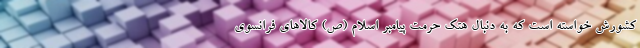
کشورش خواسته است که به دنبال هتک حرمت پیامبر اسلام (ص) کالاهای فرانسوی